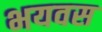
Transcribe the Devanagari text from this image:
भयवस